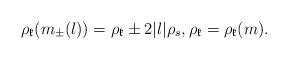
LaTeX: \begin{align*}\rho_\mathfrak{k} (m_\pm (l)) = \rho_\mathfrak{k} \pm 2 |l| \rho_s,\rho_\mathfrak{k} = \rho_\mathfrak{k} (m).\end{align*}